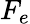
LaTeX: F_{e}